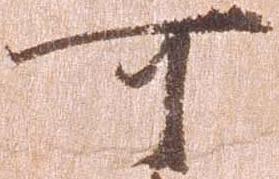
可